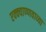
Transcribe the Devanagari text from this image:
एक्क्याण्णवाव्या